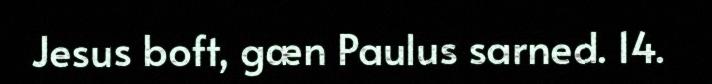
Jesus boft, gæn Paulus sarned. 14.